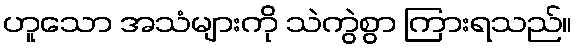
ဟူသော အသံများကို သဲကွဲစွာ ကြားရသည်။